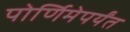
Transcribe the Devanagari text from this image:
पोर्णिमेपर्यंत